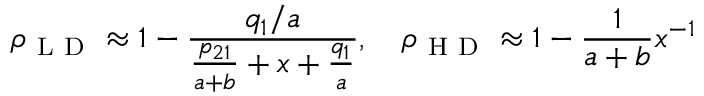
\rho _ { \mathrm { ~ L ~ D ~ } } \approx 1 - \frac { q _ { 1 } / a } { \frac { p _ { 2 1 } } { a + b } + x + \frac { q _ { 1 } } { a } } , \quad \rho _ { \mathrm { ~ H ~ D ~ } } \approx 1 - \frac { 1 } { a + b } x ^ { - 1 }